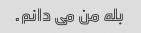
بله من می دانم.